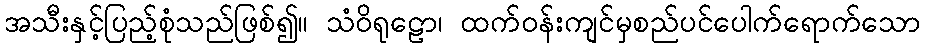
အသီးနှင့်ပြည့်စုံသည်ဖြစ်၍။ သံဝိရုဠော၊ ထက်ဝန်းကျင်မှစည်ပင်ပေါက်ရောက်သော